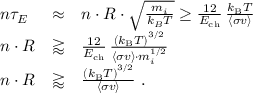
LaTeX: \begin{array} { l l l } { n \tau _ { E } } & { \approx } & { n \cdot R \cdot { \sqrt { \frac { m _ { i } } { k _ { B } T } } } \geq { \frac { 1 2 } { E _ { \mathrm { { c h } } } } } \, { \frac { k _ { \mathrm { { B } } } T } { \langle \sigma v \rangle } } } \\ { n \cdot R } & { \gtrapprox } & { { \frac { 1 2 } { E _ { \mathrm { { c h } } } } } \, { \frac { \left( k _ { \mathrm { { B } } } T \right) ^ { 3 / 2 } } { \langle \sigma v \rangle \cdot m _ { i } ^ { 1 / 2 } } } } \\ { n \cdot R } & { \gtrapprox } & { { \frac { \left( k _ { \mathrm { { B } } } T \right) ^ { 3 / 2 } } { \langle \sigma v \rangle } } { \mathrm { ~ . } } } \end{array}